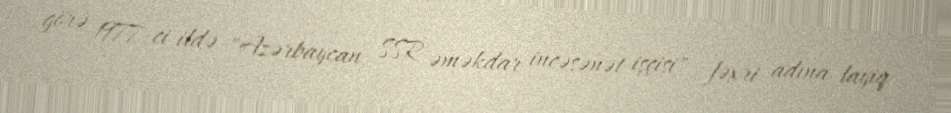
görə 1977-ci ildə "Azərbaycan SSR əməkdar incəsənət işçisi" fəxri adına layiq